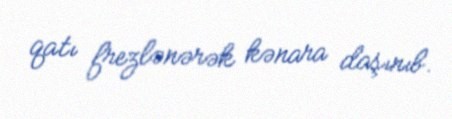
qatı frezlənərək kənara daşınıb.